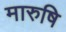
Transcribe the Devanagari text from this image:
मारुषि